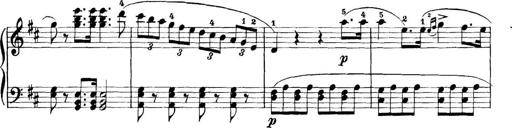
Title: 11 Sonatinas
Composer: Anton Diabelli